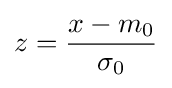
z={\frac {x-m_{0}}{\sigma _{0}}}